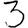
Digit: 3